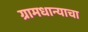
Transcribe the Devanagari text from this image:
ग्रामधान्याचा